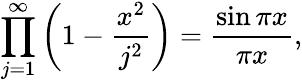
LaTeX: \prod_{j=1}^{\infty}\left(1-{\frac{x^{2}}{j^{2}}}\right)={\frac{\sin\pi x}{\pi x}},